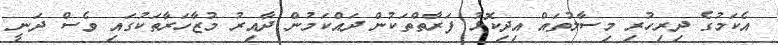
އެކަމުގެ ދިރިހުރި މިސާލުތައް އިދިކޮޅު ފަރާތްތަކުން ދައްކަމުން ދާއިރު މުޒާހަރާތަކުގައި ވެސް ދަނީ